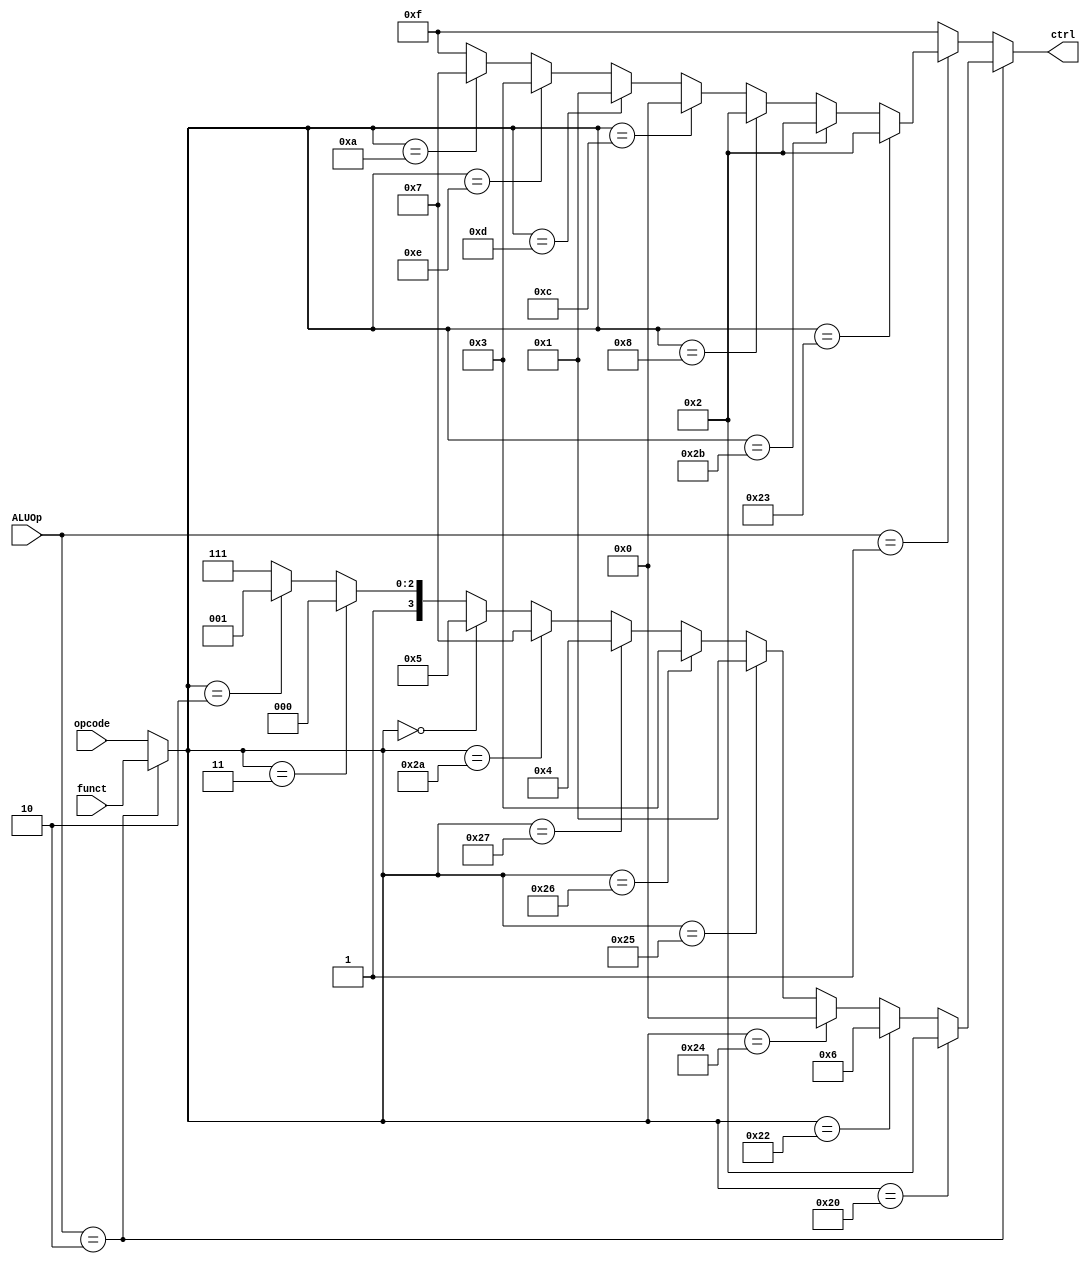
//submodules
//==========================================================//
//                    ALU control                           //
//==========================================================//
/*  
    11 kinds of aluCtrl signal:
    add:    0010
    sub:    0110
    and:    0000
    or:     0001
    xor:    0011
    nor:    0100
    slt:    0111
    sll:    0101
    sra:    1000
    srl:    1001
    nop:    1111
*/
module aluCtrl(
        opcode,
        funct,
        ALUOp,
        ctrl
);
    //============== in/out declaration ===============
    input       [5:0]   opcode;
    input       [5:0]   funct;
    input       [1:0]   ALUOp;
    output reg  [3:0]   ctrl;

    //============== wire/ reg/ declaration ===========
    wire    [5:0]   temp;

    //============== combinational part ===============
    //to choose which funct to use I / R type
    assign temp = (ALUOp == 2'b10)? funct : opcode;
    always@(*)begin
        //if the inst. is R-type
        if(ALUOp == 2'b10) begin
            //ADD
            if(temp == 6'b100000)
                ctrl = 4'b0010;
            //SUB
            else if(temp == 6'b100010)
                ctrl = 4'b0110;
            //AND
            else if(temp == 6'b100100)
                ctrl = 4'b0000;
            //OR
            else if(temp == 6'b100101)
                ctrl = 4'b0001;
            //XOR
            else if(temp == 6'b100110)
                ctrl = 4'b0011;
            //NOR
            else if(temp == 6'b100111)
                ctrl = 4'b0100;
            //SLT
            else if(temp == 6'b101010)
                ctrl = 4'b0111;
            //SLL
            else if(temp == 6'b000000)
                ctrl = 4'b0101;
            //SRA
            else if(temp == 6'b000011)
                ctrl = 4'b1000;
            //SRL
            else if(temp == 6'b000010)
                ctrl = 4'b1001;
            //NOP
            else 
                ctrl = 4'b1111;
        end
        //if the inst. is I-type
        else if(ALUOp == 2'b01) begin
            //LW (add)
            if(temp == 6'b100011)
                ctrl = 4'b0010;
            //SW (add)
            else if(temp == 6'b101011)
                ctrl = 4'b0010;
            //ADDI (add)
            else if(temp == 6'b001000)
                ctrl = 4'b0010;
            //ANDI (and)
            else if(temp == 6'b001100)
                ctrl = 4'b0000;
            //ORI (or)
            else if(temp == 6'b001101)
                ctrl = 4'b0001;
            //XORI (xor)
            else if(temp == 6'b001110)
                ctrl = 4'b0011;
            //SLTI (slt)
            else if(temp == 6'b001010)
                ctrl = 4'b0111;
            //NOP
            else
                ctrl = 4'b1111;
        end
        //NOP
        else begin
            ctrl = 4'b1111;
        end
    end
endmodule
    //=============== sequential part ================
//TODO
//==========================================================//
//                           ALU                            //
//==========================================================//
/*  
    11 kinds of aluCtrl signal:
    add:    0010
    sub:    0110
    and:    0000
    or:     0001
    xor:    0011
    nor:    0100
    slt:    0111
    sll:    0101
    sra:    1000
    srl:    1001
    nop:    1111
*/
module alu(
    ctrl,
    x,
    y,
    out
);
    //================== in/out declaration ==================
    input       [3:0]   ctrl;
    input       [31:0]  x, y;
    output reg  [31:0]  out;
    //============== reg / wire declaration ==================

    //================== combinational part ==================
    always@(*) begin
        //    add:    0010
        if(ctrl == 4'b0010)
            out = x + y;
        //    sub:    0110
        else if(ctrl == 4'b0110)
            out = x - y;
        //    and:    0000
        else if(ctrl == 4'b0000)
            out = x & y;
        //    or:     0001
        else if(ctrl == 4'b0001)
            out = x | y;
        //    xor:    0011
        else if(ctrl == 4'b0011)
            out = x ^ y;
        //    nor:    0100
        else if(ctrl == 4'b0100)
            out = ~(x | y);
        //    slt:    0111
        else if(ctrl == 4'b0111) begin
            if (x < y)
                out = 1;
            else
                out = 32'b0;
        end
        //    sll:    0101
        else if(ctrl == 4'b0101)
            out = x << y;
        //    sra:    1000
        else if(ctrl == 4'b1000)
            out = x >>> y;
        //    srl:    1001
        else if(ctrl == 4'b1001)
            out = x >> y;
		else
			out = 31'd0;
    end
    //================= sequential part =====================
endmodule

//==========================================================//
//                           register                       //
//==========================================================//
module register(
        clk,
	    rst_n,
        RegWrite,
        ReadReg1,
        ReadReg2,
        WriteReg,
        WriteData,
        ReadData1,
        ReadData2
);
    //==== in/out reg/wire declaration ====
    input           clk, rst_n, RegWrite;
    input   [4:0]   ReadReg1, ReadReg2, WriteReg;
    input   [31:0]  WriteData;
    output  [31:0]  ReadData1,ReadData2;
    
    reg [31:0] register_r [31:0];
	reg [31:0] register_w [31:0];
    reg [31:0] prev_ReadData1, prev_ReadData2;

	integer i;
    //==== combinational part ====
    

    //read operation
    assign ReadData1 = (RegWrite && (WriteReg == ReadReg1)) ? WriteData : prev_ReadData1;
    assign ReadData2 = (RegWrite && (WriteReg == ReadReg2)) ? WriteData : prev_ReadData2;
    always@(*) begin
        prev_ReadData1 = register_r[ReadReg1];
        prev_ReadData2 = register_r[ReadReg2];
    end
	//write operation
	always@(*) begin
		register_w[0] = 32'b0;
		for(i = 1; i < 32; i = i + 1) begin
			if(RegWrite && (WriteReg == i))
				register_w[i] = WriteData;
			else
				register_w[i] = register_r[i];
		end
	end
	//sequential part
    always@(negedge rst_n or posedge clk) begin
	//rst operation
		if(~rst_n) begin
			for(i = 0; i < 32; i = i + 1) begin
				register_r[i] <= 32'b0;
			end
		end
		else begin
			for(i = 0; i < 32; i = i + 1) begin
				register_r[i] <= register_w[i];
			end
		end
    end
       
endmodule


//==========================================================//
//                    FF between stages                     //
//==========================================================//
module IF_ID_reg(
    clk,
    rst,
    IF_ID_write,
    IF_flush,
    proc_stall,
    PC_4,
    inst,
    next_PC_4,
    next_inst
);
    //========= in/ out declaration =============
    input               clk;
    input               rst;
    input               IF_ID_write;
    input               IF_flush;
    input               proc_stall;
    input       [31:0]  PC_4;
    input       [31:0]  inst;
    output reg  [31:0]  next_PC_4;
    output reg  [31:0]  next_inst;

    //========= wire/reg declaration ============

    //========= combinational part ==============
	
	wire[31:0] next_PC_4_w;
	wire[31:0] next_inst_w;

	assign next_PC_4_w = (IF_ID_write && !proc_stall)  ? ((IF_flush)? 32'b0: PC_4) : next_PC_4;
	assign next_inst_w = (IF_ID_write && !proc_stall)  ? ((IF_flush)? 32'b0: inst) : next_inst;

    //========= sequential part =================
    always@(posedge clk or negedge rst) begin
        if(!rst) begin
            next_PC_4 <= 32'b0;
            next_inst <= 32'b0;
        end
        else begin
            next_PC_4 <= next_PC_4_w;// (IF_ID_write || !proc_stall)  ? ((IF_flush)? 32'b0: PC_4) : next_PC_4;
            next_inst <= next_inst_w;//(IF_ID_write || !proc_stall)  ? ((IF_flush)? 32'b0: inst) : next_inst;
        end
    end
endmodule

module ID_EX_reg(
    clk,
    rst,
    proc_stall,
    readreg1,
    readreg2,
    sign_ext,
    next_readreg1,
    next_readreg2,
    next_sign_ext
);
    //============== in / out declaration =======
    input                   clk;
    input                   rst;
    input                   proc_stall;
    input       [31:0]      readreg1;
    input       [31:0]      readreg2;
    input       [31:0]      sign_ext;
    output reg  [31:0]      next_readreg1;
    output reg  [31:0]      next_readreg2;
    output reg  [31:0]      next_sign_ext;


    //=========== reg / wire declaration =========

    //=========== combinational part =============

    //=========== sequential part ================
    always@(posedge clk or negedge rst) begin
        if(!rst)begin
            next_readreg1 <= 32'b0;
            next_readreg2 <= 32'b0;
            next_sign_ext <= 32'b0;
        end
        else begin
            next_readreg1 <= (proc_stall) ? next_readreg1 : readreg1;
            next_readreg2 <= (proc_stall) ? next_readreg2 : readreg2;
            next_sign_ext <= (proc_stall) ? next_sign_ext : sign_ext;
        end
	end
endmodule

module EX_MEM_reg(
    clk,
    rst,
    proc_stall,
    ALUresult,
    readreg2,
    next_ALUresult,
    next_readreg2
);
    //============ in / out declaration =========
    input                   clk;
    input                   rst;
    input                   proc_stall;
    input       [31:0]      ALUresult;
    input       [31:0]      readreg2;
    output reg  [31:0]      next_ALUresult;
    output reg  [31:0]      next_readreg2;

    //========= reg / wire declaration ==========
    
    //============ combinational part ===========

    //============ sequential part ==============
    always@(posedge clk or negedge rst) begin
        if(!rst) begin
            next_ALUresult <= 32'b0;
            next_readreg2 <= 32'b0;
        end
        else begin
            next_ALUresult <= (proc_stall) ? next_ALUresult : ALUresult;
            next_readreg2 <= (proc_stall) ? next_readreg2 : readreg2;
        end
    end
endmodule

module MEM_WB_reg(
    clk,
    rst,
    proc_stall,
    readdata,
    ALUresult,
    next_readdata,
    next_ALUresult
);
    //============ in / out declaration ===========
    input                   clk;
    input                   rst;
    input                   proc_stall;
    input       [31:0]      readdata;
    input       [31:0]      ALUresult;
    output reg  [31:0]      next_readdata;
    output reg  [31:0]      next_ALUresult;

    //========== reg / wire declaration ===========

    //============ combinational part =============

    //============ sequential part ================
    always@(negedge rst or posedge clk) begin
        if(!rst) begin
            next_readdata <= 32'b0;
            next_ALUresult <= 32'b0;
        end
        else begin
            next_readdata <= (proc_stall) ? next_readdata : readdata;
            next_ALUresult <= (proc_stall) ? next_ALUresult : ALUresult;
        end
    end
endmodule